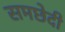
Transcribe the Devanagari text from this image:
समछेदी